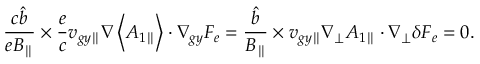
\frac { c \hat { b } } { e B _ { \parallel } } \times \frac { e } { c } { v } _ { g y \parallel } \nabla \left< A _ { 1 \parallel } \right> \boldsymbol { \cdot } \nabla _ { g y } F _ { e } = \frac { \hat { b } } { B _ { \parallel } } \times { v } _ { g y \parallel } \nabla _ { \perp } A _ { 1 \parallel } \boldsymbol { \cdot } \nabla _ { \perp } \delta F _ { e } = 0 .